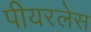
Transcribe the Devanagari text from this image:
पीयरलेस